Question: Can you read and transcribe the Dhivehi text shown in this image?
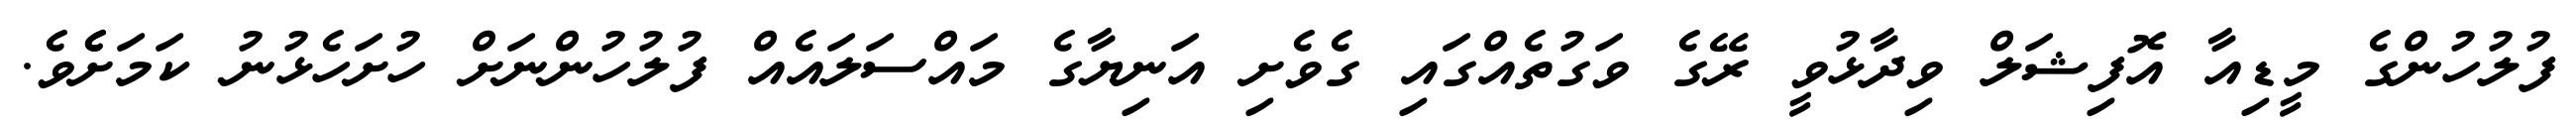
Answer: ފުލުހުންގެ މީޑިއާ އޮފިޝަލް ވިދާޅުވީ ރޭގެ ވަގުތެއްގައި ގެވެށި އަނިޔާގެ މައްސަލައެއް ފުލުހުންނަށް ހުށަހެޅުނު ކަމަށެެވެ.